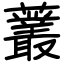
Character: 䕺